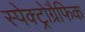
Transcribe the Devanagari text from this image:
स्पेक्ट्रोग्रैफिक